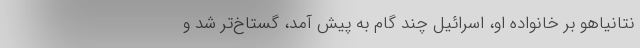
نتانیاهو بر خانواده او، اسرائیل چند گام به پیش آمد، گستاخ‌تر شد و